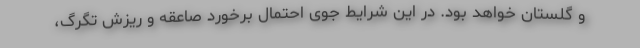
و گلستان خواهد بود. در این شرایط جوی احتمال برخورد صاعقه و ریزش تگرگ،